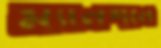
ম্যানশনে